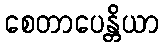
စေတာပေန္တိယာ